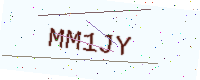
Text: MM1JY